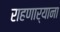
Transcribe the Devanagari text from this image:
राहणार्‍याना